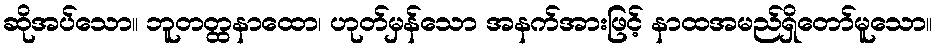
ဆိုအပ်သော။ ဘူတတ္ထနာထော၊ ဟုတ်မှန်သော အနက်အားဖြင့် နာထအမည်ရှိတော်မူသော။